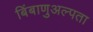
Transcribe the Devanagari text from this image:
बिंबाणुअल्पता